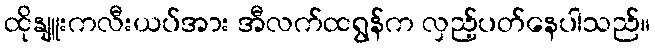
ထိုနျူးကလီးယပ်အား အီလက်ထရွန်က လှည့်ပတ်နေပါသည်။